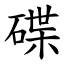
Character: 碟